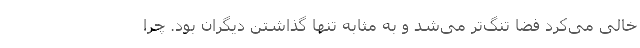
خالی می‌کرد فضا تنگ‌تر می‌شد و به مثابه تنها گذاشتن دیگران بود. چرا